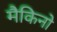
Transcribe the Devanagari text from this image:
मैकिनो